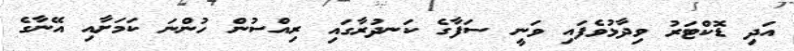
އަދި ޑޮކްޓަރު ވިދާޅުވެފައި ވަނީ ސަފާގެ ކަނދުރާގައި ރިއްސުން ހުންނަ ކަމަށާއި އޭނާގެ